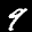
Label: 9